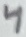
Text: 4